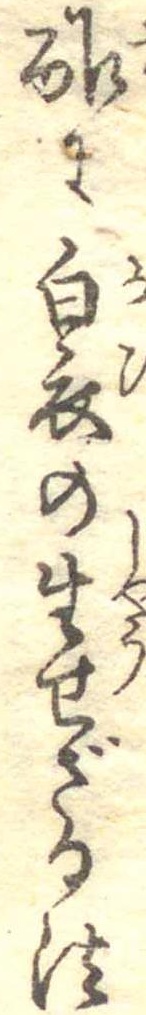
酢に白衣の生せざる法